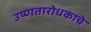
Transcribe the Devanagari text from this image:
उष्णतारोधकाचे